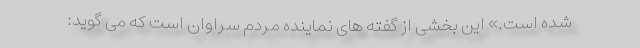
شده است.» این بخشی از گفته های نماینده مردم سراوان است که می گوید: